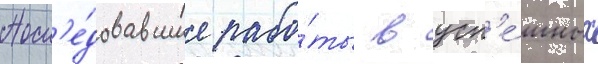
Посл'е́довавшие рабо́ты в усп'е́шных